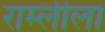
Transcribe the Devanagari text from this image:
राम्लीला